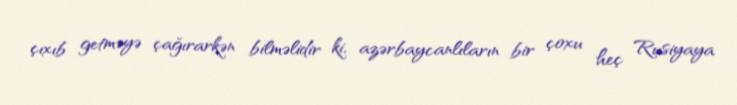
çıxıb getməyə çağırarkən bilməlidir ki, azərbaycanlıların bir çoxu heç Rusiyaya